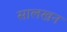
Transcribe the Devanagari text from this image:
सालखन